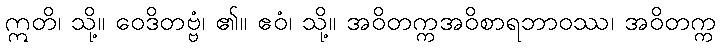
ဣတိ၊ သို့။ ဝေဒိတဗ္ဗံ၊ ၏။ ဧဝံ၊ သို့။ အဝိတက္ကအဝိစာရဘာဝဿ၊ အဝိတက္က